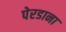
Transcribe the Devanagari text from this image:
पेरडाना